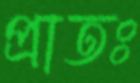
প্রাতঃ